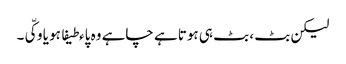
لیکن بٹ ، بٹ ہی ہوتا ہے چاہے وہ پاءطیفا ہو یا وکّی۔